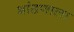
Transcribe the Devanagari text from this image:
भांडणाला